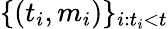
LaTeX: \{ (t_{i},m_{i})\} _{i:t_{i}<t}